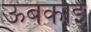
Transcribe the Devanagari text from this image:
ऊबकाई